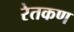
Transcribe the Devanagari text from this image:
रेतकण